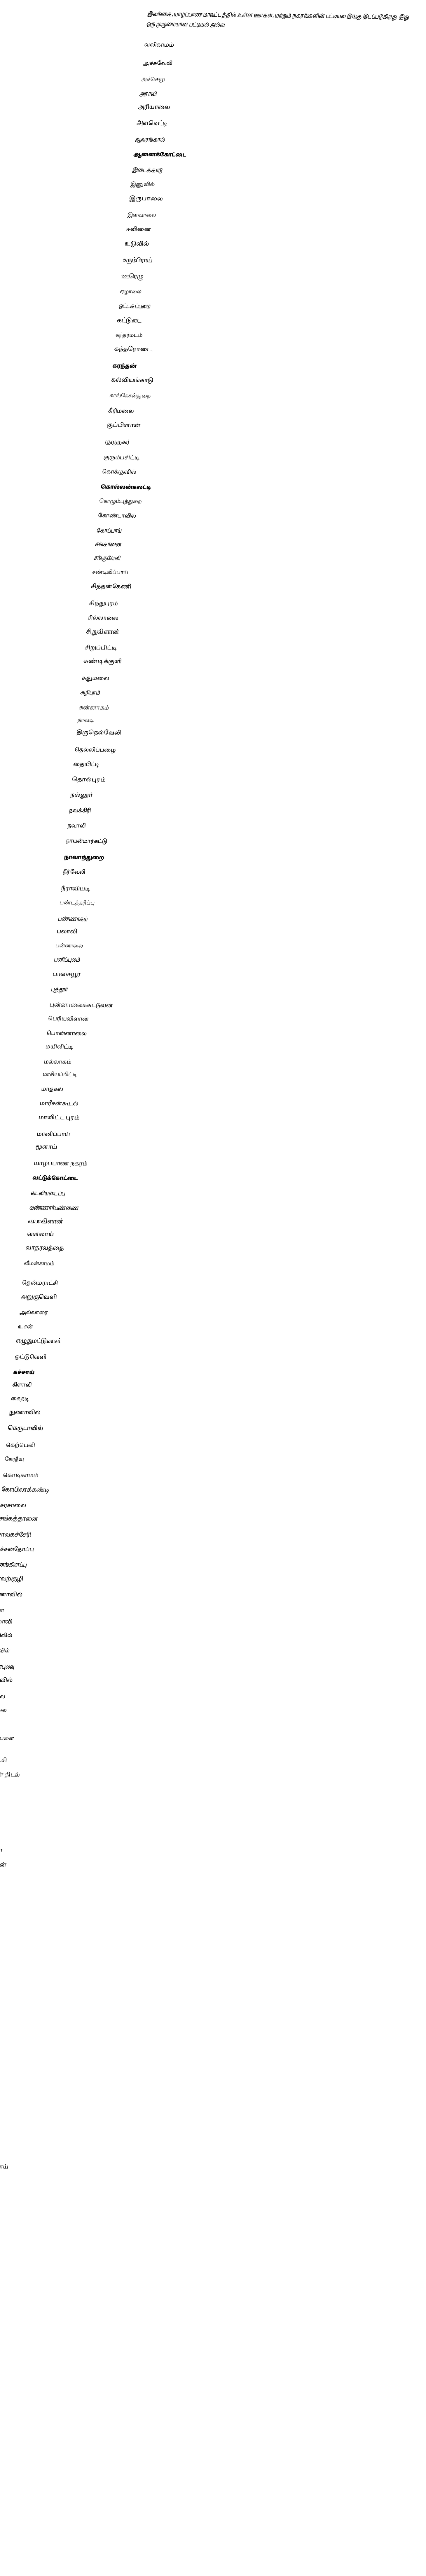
இலங்கை, யாழ்ப்பாண மாவட்டத்தில் உள்ள ஊர்கள், மற்றும் நகரங்களின் பட்டியல் இங்கு இடப்படுகிறது. இது ஒரு முழுமையான பட்டியல் அல்ல.

வலிகாமம்

 அச்சுவேலி
 அச்செழு
 அராலி
 அரியாலை
 அளவெட்டி
 ஆவரங்கால்
 ஆனைக்கோட்டை
 இடைக்காடு
 இணுவில்
 இருபாலை
 இளவாலை
 ஈவினை
 உடுவில்
 உரும்பிராய்
 ஊரெழு
 ஏழாலை
 ஒட்டகப்புலம்
 கட்டுடை
 கந்தர்மடம்
 கந்தரோடை
 கரந்தன்
 கல்வியங்காடு
 காங்கேசன்துறை
 கீரிமலை
 குப்பிளான்
 குருநகர்
 குரும்பசிட்டி
 கொக்குவில்
 கொல்லன்கலட்டி
 கொழும்புத்துறை
 கோண்டாவில்
 கோப்பாய்
 சங்கானை
 சங்குவேலி
 சண்டிலிப்பாய்
 சித்தன்கேணி
 சிந்துபுரம்
 சில்லாலை
 சிறுவிளான்
 சிறுப்பிட்டி
 சுண்டிக்குளி
 சுதுமலை
 சுழிபுரம்
 சுன்னாகம்
 தாவடி
 திருநெல்வேலி
 தெல்லிப்பழை
 தையிட்டி
 தொல்புரம்
 நல்லூர்
 நவக்கிரி
 நவாலி
 நாயன்மார்கட்டு
 நாவாந்துறை
 நீர்வேலி
 நீராவியடி
 பண்டத்தரிப்பு
 பண்ணாகம்
 பலாலி
 பன்னாலை
 பனிப்புலம்
 பாசையூர்
 புத்தூர்
 புன்னாலைக்கட்டுவன்
 பெரியவிளான்
 பொன்னாலை
 மயிலிட்டி
 மல்லாகம்
 மாசியப்பிட்டி
 மாதகல்
 மாரீசன்கூடல்
 மாவிட்டபுரம்
 மானிப்பாய்
 மூளாய்
 யாழ்ப்பாண நகரம்
 வட்டுக்கோட்டை
 வடலியடைப்பு
 வண்ணார்பண்ணை
 வயாவிளான்
 வளலாய்
 வாதரவத்தை
 வீமன்காமம்

தென்மராட்சி
 அறுகுவெளி
 அல்லாரை
 உசன்
 எழுதுமட்டுவாள்
 ஒட்டுவெளி
 கச்சாய்
 கிளாலி
 கைதடி
 நுணாவில்
 கெருடாவில்
 கெற்பெலி
 கேரதீவு
 கொடிகாமம்
 கோயிலாக்கண்டி
 சரசாலை
 சங்கத்தானை
 சாவகச்சேரி
 தச்சன்தோப்பு
 தனங்கிளப்பு
 நாவற்குழி
 நுணாவில்
 பளை
 பாலாவி
 மட்டுவில்
 மந்துவில்
 மறவன்புலவு
 மிருசுவில்
 மீசாலை
 முகமாலை
 வரணி
 விடத்தல்பளை

வடமராட்சி
 அந்தணன் திடல்
 அம்பன்
 அத்தாய்
 அல்வாய்
 ஆத்தியடி
 ஆழியவளை
 இமையாணன்
 உடுத்துறை
 உடுப்பிட்டி
 உடையார்துறை
 கட்டைக்காடு
 கட்டைவேலி
 கப்பூது
 கம்பர்மலை
 கரணவாய்
 கரவெட்டி
 கரையூர்
 கற்கோவளம்
 குடத்தனை
 குடாரப்பு
 கெருடாவில்
 சுண்டிக்குளம்
 செம்பியன்பற்று
 தும்பளை
 துன்னாலை
 தொண்டைமானாறு
 நல்லதண்ணித்தொடுவாய்
 நாகர்கோயில்
 நெல்லியடி
 பருத்தித்துறை
 புகலிடவனம்
 புல்லாவெளி
 புலோலி
 பொலிகண்டி
 மணல்காடு
 மருதங்கேணி
 மருதடிக்குளம்
 முள்ளியான்
 வண்ணான்குளம்
 வதிரி
 வல்லிபுரம்
 வல்லை
 வல்வெட்டித்துறை
 வல்வெட்டி
 வியாபாரிமூலை
 வெற்றிலைக்கேணி

தீவுப்பகுதி

சப்த தீவுகள்
 அனலைதீவு
 எழுவைதீவு
 காரைத